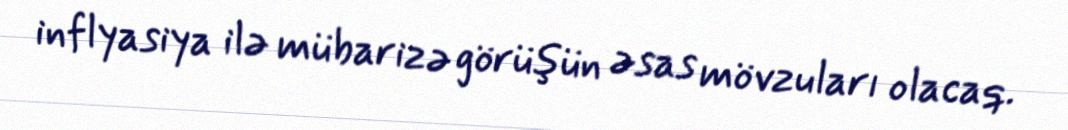
inflyasiya ilə mübarizə görüşün əsas mövzuları olacaq.